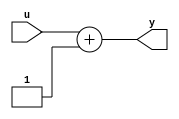
// -------------------------------------------------------------
// 
// 
// Generated by MATLAB 23.2, HDL Coder 23.2, and Simulink 23.2
// 
// -------------------------------------------------------------


// -------------------------------------------------------------
// 
// Module: cfblk111
// Source Path: sampleModel1641_sub/Subsystem/cfblk111
// Hierarchy Level: 1
// Model version: 1.1
// 
// -------------------------------------------------------------

`timescale 1 ns / 1 ns

module cfblk111
          (u,
           y);


  input   [7:0] u;  // uint8
  output  [7:0] y;  // uint8


  wire [7:0] FixPt_Constant_out1;  // uint8
  wire [7:0] FixPt_Sum1_out1;  // uint8


  assign FixPt_Constant_out1 = 8'b00000001;



  assign FixPt_Sum1_out1 = u + FixPt_Constant_out1;



  assign y = FixPt_Sum1_out1;

endmodule  // cfblk111